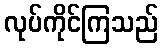
လုပ်ကိုင်ကြသည်